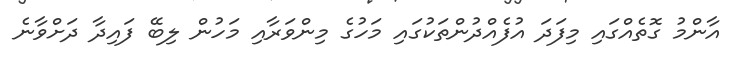
އާންމު ގޮތެއްގައި މިފަދަ އުފެއްދުންތަކުގައި މަހުގެ މިންވަރާއި މަހުން ލިބޭ ފައިދާ ދަށްވާނެ